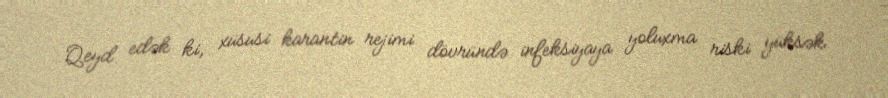
Qeyd edək ki, xüsusi karantin rejimi dövründə infeksiyaya yoluxma riski yüksək